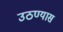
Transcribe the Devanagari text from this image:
उठण्यास